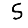
Digit: 5